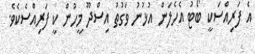
އެ ފަރިއްސަކީ ބޯޓު އެހެލަން އުޅުނު ވަގުތު އިސްދޫ މީހުން ކީ ފަރިއްސެކެވެ.